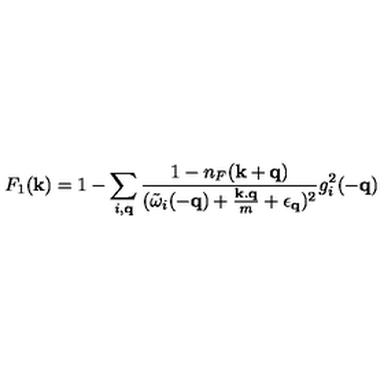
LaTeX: F _ { 1 } ( { \bf { k } } ) = 1 - \sum _ { i , { \bf { q } } } \frac { 1 - n _ { F } ( { \bf { k } } + { \bf { q } } ) } { ( { \tilde { \omega } } _ { i } ( - { \bf { q } } ) + \frac { { \bf { k . q } } } { m } + \epsilon _ { { \bf { q } } } ) ^ { 2 } } g _ { i } ^ { 2 } ( - { \bf { q } } )